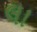
લા